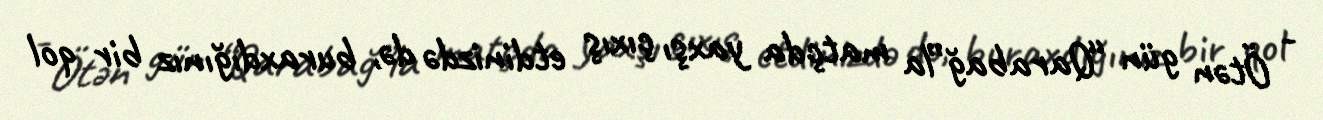
- Ötən gün “Qarabağ”la matçda yaxşı çıxış etdinizdə də, buraxdığınız bir qol